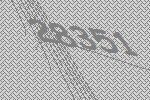
28351